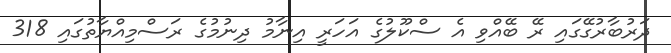
ދަރުބާރުގޭގައި ރޭ ބޭއްވި އެ ސްކޫލުގެ އަހަރީ އިނާމު ދިނުމުގެ ރަސްމިއްޔާތުގައި 318